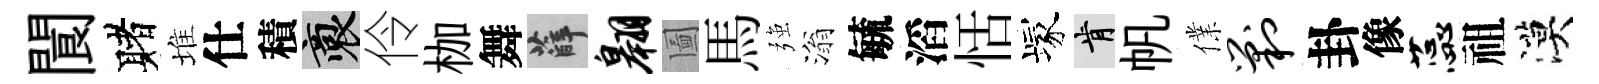
閬赌堆仕積裔伶枷舞薛翱圗馬强滃毓滔恬塚肯帆㒒剿卦像蕊祖漠